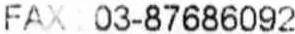
FAX : 03-87686092